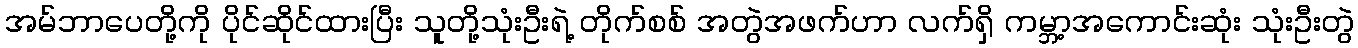
အမ်ဘာပေတို့ကို ပိုင်ဆိုင်ထားပြီး သူတို့သုံးဦးရဲ့ တိုက်စစ် အတွဲအဖက်ဟာ လက်ရှိ ကမ္ဘာ့အကောင်းဆုံး သုံးဦးတွဲ